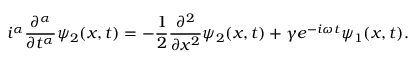
i ^ { \alpha } \frac { \partial ^ { \alpha } } { \partial t ^ { \alpha } } \psi _ { 2 } ( x , t ) = - \frac { 1 } { 2 } \frac { \partial ^ { 2 } } { \partial x ^ { 2 } } \psi _ { 2 } ( x , t ) + \gamma e ^ { - i \omega t } \psi _ { 1 } ( x , t ) .